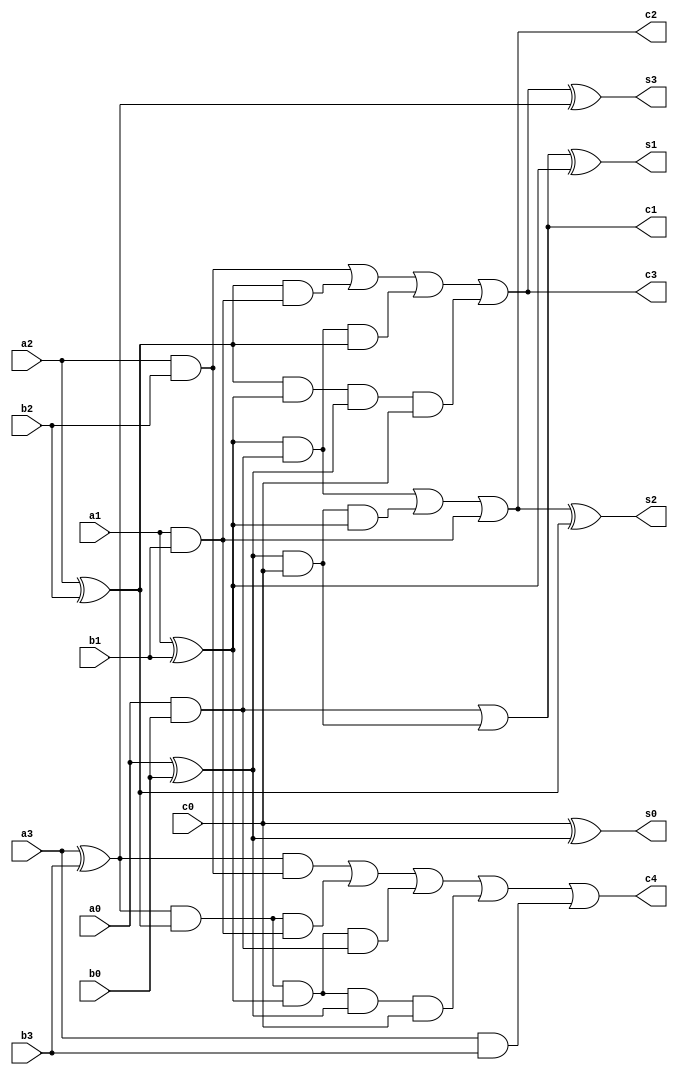
module CLA(a0,a1,a2,a3,b0,b1,b2,b3,c0,c1,c2,c3,c4,s0,s1,s2,s3);

    input a0,a1,a2,a3,b0,b1,b2,b3,c0;
    output c1,c2,c3,c4,s0,s1,s2,s3;
    wire P0,P1,P2,P3,G0,G1,G2,G3,E1,E2,E3,E4,E5,E6,E7,E8,E9,E10;

// XOR gates for Propagate block
xor X0(P0,a0,b0);
xor X1(P1,a1,b1);
xor X2(P2,a2,b2);
xor X3(P3,a3,b3);

// AND gates for Generate block
and A0(G0,a0,b0);
and A1(G1,a1,b1);
and A2(G2,a2,b2);
and A3(G3,a3,b3);

// Carry 1
and A5(E1,P0,c0);
or O1(c1,G0,E1);

// Carry 2
and A6(E2,P1,G0);
and A7(E3,c0,P0,P1);
or O2(c2,E2,E3,G1);

// Carry 3
and A8(E4,P2,G1);
and A9(E5,G0,P1,P2);
and A10(E6,P2,P1,P0,c0);
or O3(c3,G2,E4,E5,E6);

//Carry 4
and A11(E7,P3,G2);
and A12(E8,P3,P2,G1);
and A13(E9,P3,P2,P1,G0);
and A14(E10,P3,P2,P1,P0,c0);
or O4(c4,E7,E8,E9,E10,G3);

// Sum
xor X4(s0,c0,P0);
xor X5(s1,c1,P1);
xor X6(s2,c2,P2);
xor X7(s3,c3,P3);

endmodule